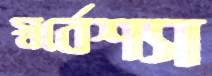
স্বর্বেশ্যা